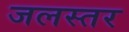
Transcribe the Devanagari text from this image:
जलस्‍तर